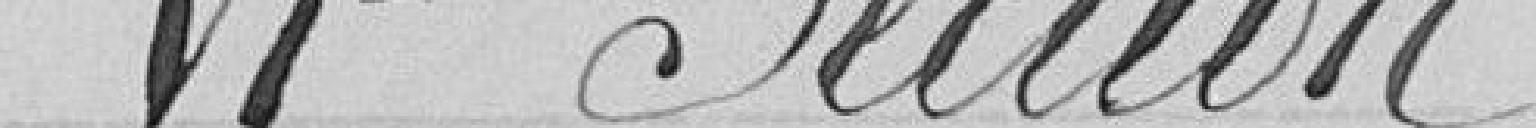
VIe Section